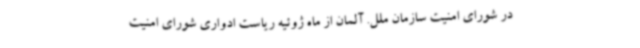
در شورای امنیت سازمان ملل. آلمان از ماه ژوئیه ریاست ادواری شورای امنیت